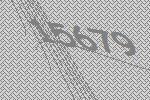
15679